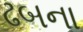
ઢબના